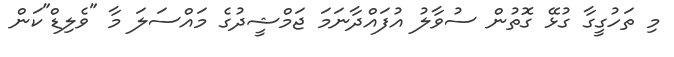
މި ތަހުގީގާ ގުޅޭ ގޮތުން ސުވާލު އުފައްދާނަމަ ޖަމްޝީދުގެ މައްސަލަ މާ "ވެލިޑް"ކަން